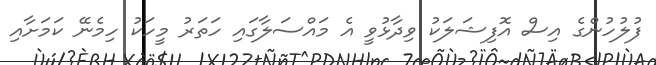
ފުލުހުންގެ އިސް އޮފިޝަލަކު ވިދާޅުވީ އެ މައްސަލާގައި ހަތަރު މީހަކު ހިމެނޭ ކަމަށާއި